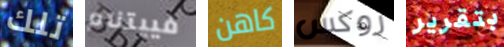
تلك فييتنام كاهن روكس بتقرير